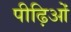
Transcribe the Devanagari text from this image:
पीढ़िओं